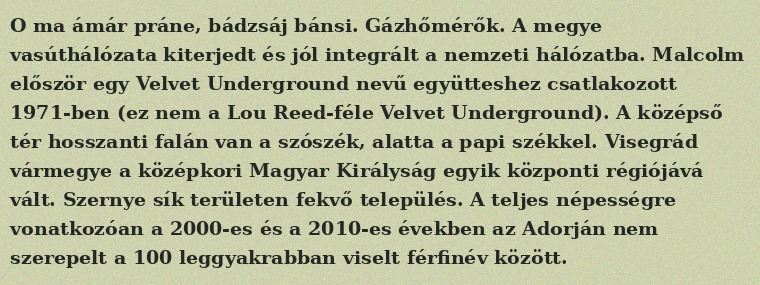
O ma ámár práne, bádzsáj bánsi. Gázhőmérők. A megye vasúthálózata kiterjedt és jól integrált a nemzeti hálózatba. Malcolm először egy Velvet Underground nevű együtteshez csatlakozott 1971-ben (ez nem a Lou Reed-féle Velvet Underground). A középső tér hosszanti falán van a szószék, alatta a papi székkel. Visegrád vármegye a középkori Magyar Királyság egyik központi régiójává vált. Szernye sík területen fekvő település. A teljes népességre vonatkozóan a 2000-es és a 2010-es években az Adorján nem szerepelt a 100 leggyakrabban viselt férfinév között.